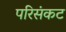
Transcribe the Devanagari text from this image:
परिसंकट